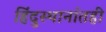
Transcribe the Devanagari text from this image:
हिंदुस्थानांतही